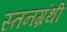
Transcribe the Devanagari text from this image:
स्तनग्रंथी